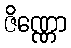
ဇိဏ္ဏော